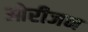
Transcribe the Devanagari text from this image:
ओरीजन